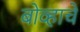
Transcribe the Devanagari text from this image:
बोव्हाचे